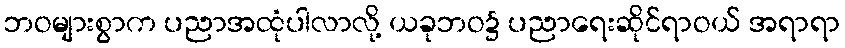
ဘဝများစွာက ပညာအထုံပါလာလို့ ယခုဘဝ၌ ပညာရေးဆိုင်ရာဝယ် အရာရာ